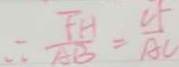
\therefore \frac { F H } { A B } = \frac { C F } { A C }